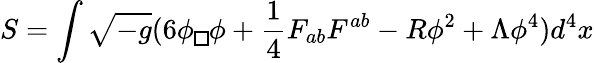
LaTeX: S=\int\sqrt{-g}(6\phi\fbox{}\phi+\frac{1}{4}F_{ab}F^{ab}-R\phi^{2}+\Lambda\phi^{4})d^{4}x